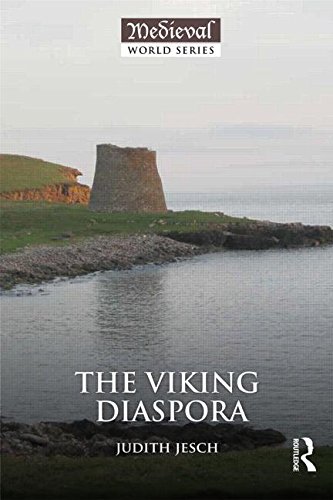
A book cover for The Viking Diaspora (The Medieval World); Judith Jesch; History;